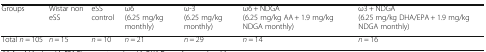
| Groups | Wistar non eSS | eSS control | ω6(6.25 mg/kg monthly) | ω-3(6.25 mg/kg monthly) | ω6 + NDGA(6.25 mg/kg AA + 1.9 mg/kg NDGA monthly) | ω3 + NDGA(6.25 mg/kg DHA/EPA + 1.9 mg/kg NDGA monthly) |
 | --- | --- | --- | --- | --- | --- | --- |
 | Total n = 105 | n = 15 | n = 10 | n = 21 | n = 29 | n = 14 | n = 16 |